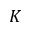
K